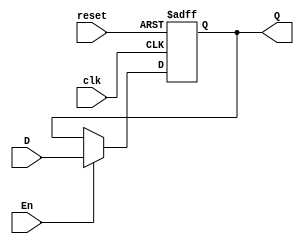
// Electronica Digital 1
// Marco Duarte
// Ejercicio 01
// FlipFlop

module FFD_1(
    input wire clk, reset, En, D, 
    output reg Q);

    always @ (posedge clk or posedge reset) begin
        if (reset) 
            Q <= 1'b0;
        else if (En)
            Q <= D;
    end
endmodule

module FFD_2(
    input wire clk, reset, En, 
    input wire [1:0]D2, 
    output wire [1:0]Q2);

    FFD_1 U1(clk, reset, En, D2[1], Q2[1]);
    FFD_1 U2(clk, reset, En, D2[0], Q2[0]);

endmodule

module FFD_4(
    input wire clk, reset, En,
    input wire [3:0]D4, 
    output wire [3:0]Q4);

    FFD_2 U1(clk, reset, En, D4[1:0], Q4[1:0]);
    FFD_2 U2(clk, reset, En, D4[3:2], Q4[3:2]);

endmodule